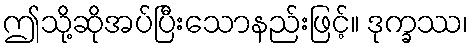
ဤသို့ဆိုအပ်ပြီးသောနည်းဖြင့်။ ဒုက္ခဿ၊